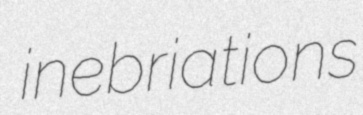
inebriations